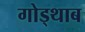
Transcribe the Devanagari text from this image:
गोड्थाब